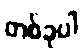
တစ်ခုပါ